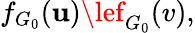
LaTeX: f_{G_{0}}(\mathbf{u})\lef_{G_{0}}(v),